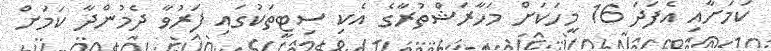
ކަމަށާއި އެފަދަ 16 މީހަކަށް މަހާރަޝްތުރާގެ އެކި ސިޓީތަކުގައި ފަރުވާ ދެމުންދާ ކަމަށް